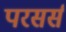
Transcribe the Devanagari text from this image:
परसर्स